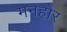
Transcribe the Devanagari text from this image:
मनहोर